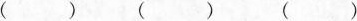
()()()